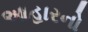
આહારનો